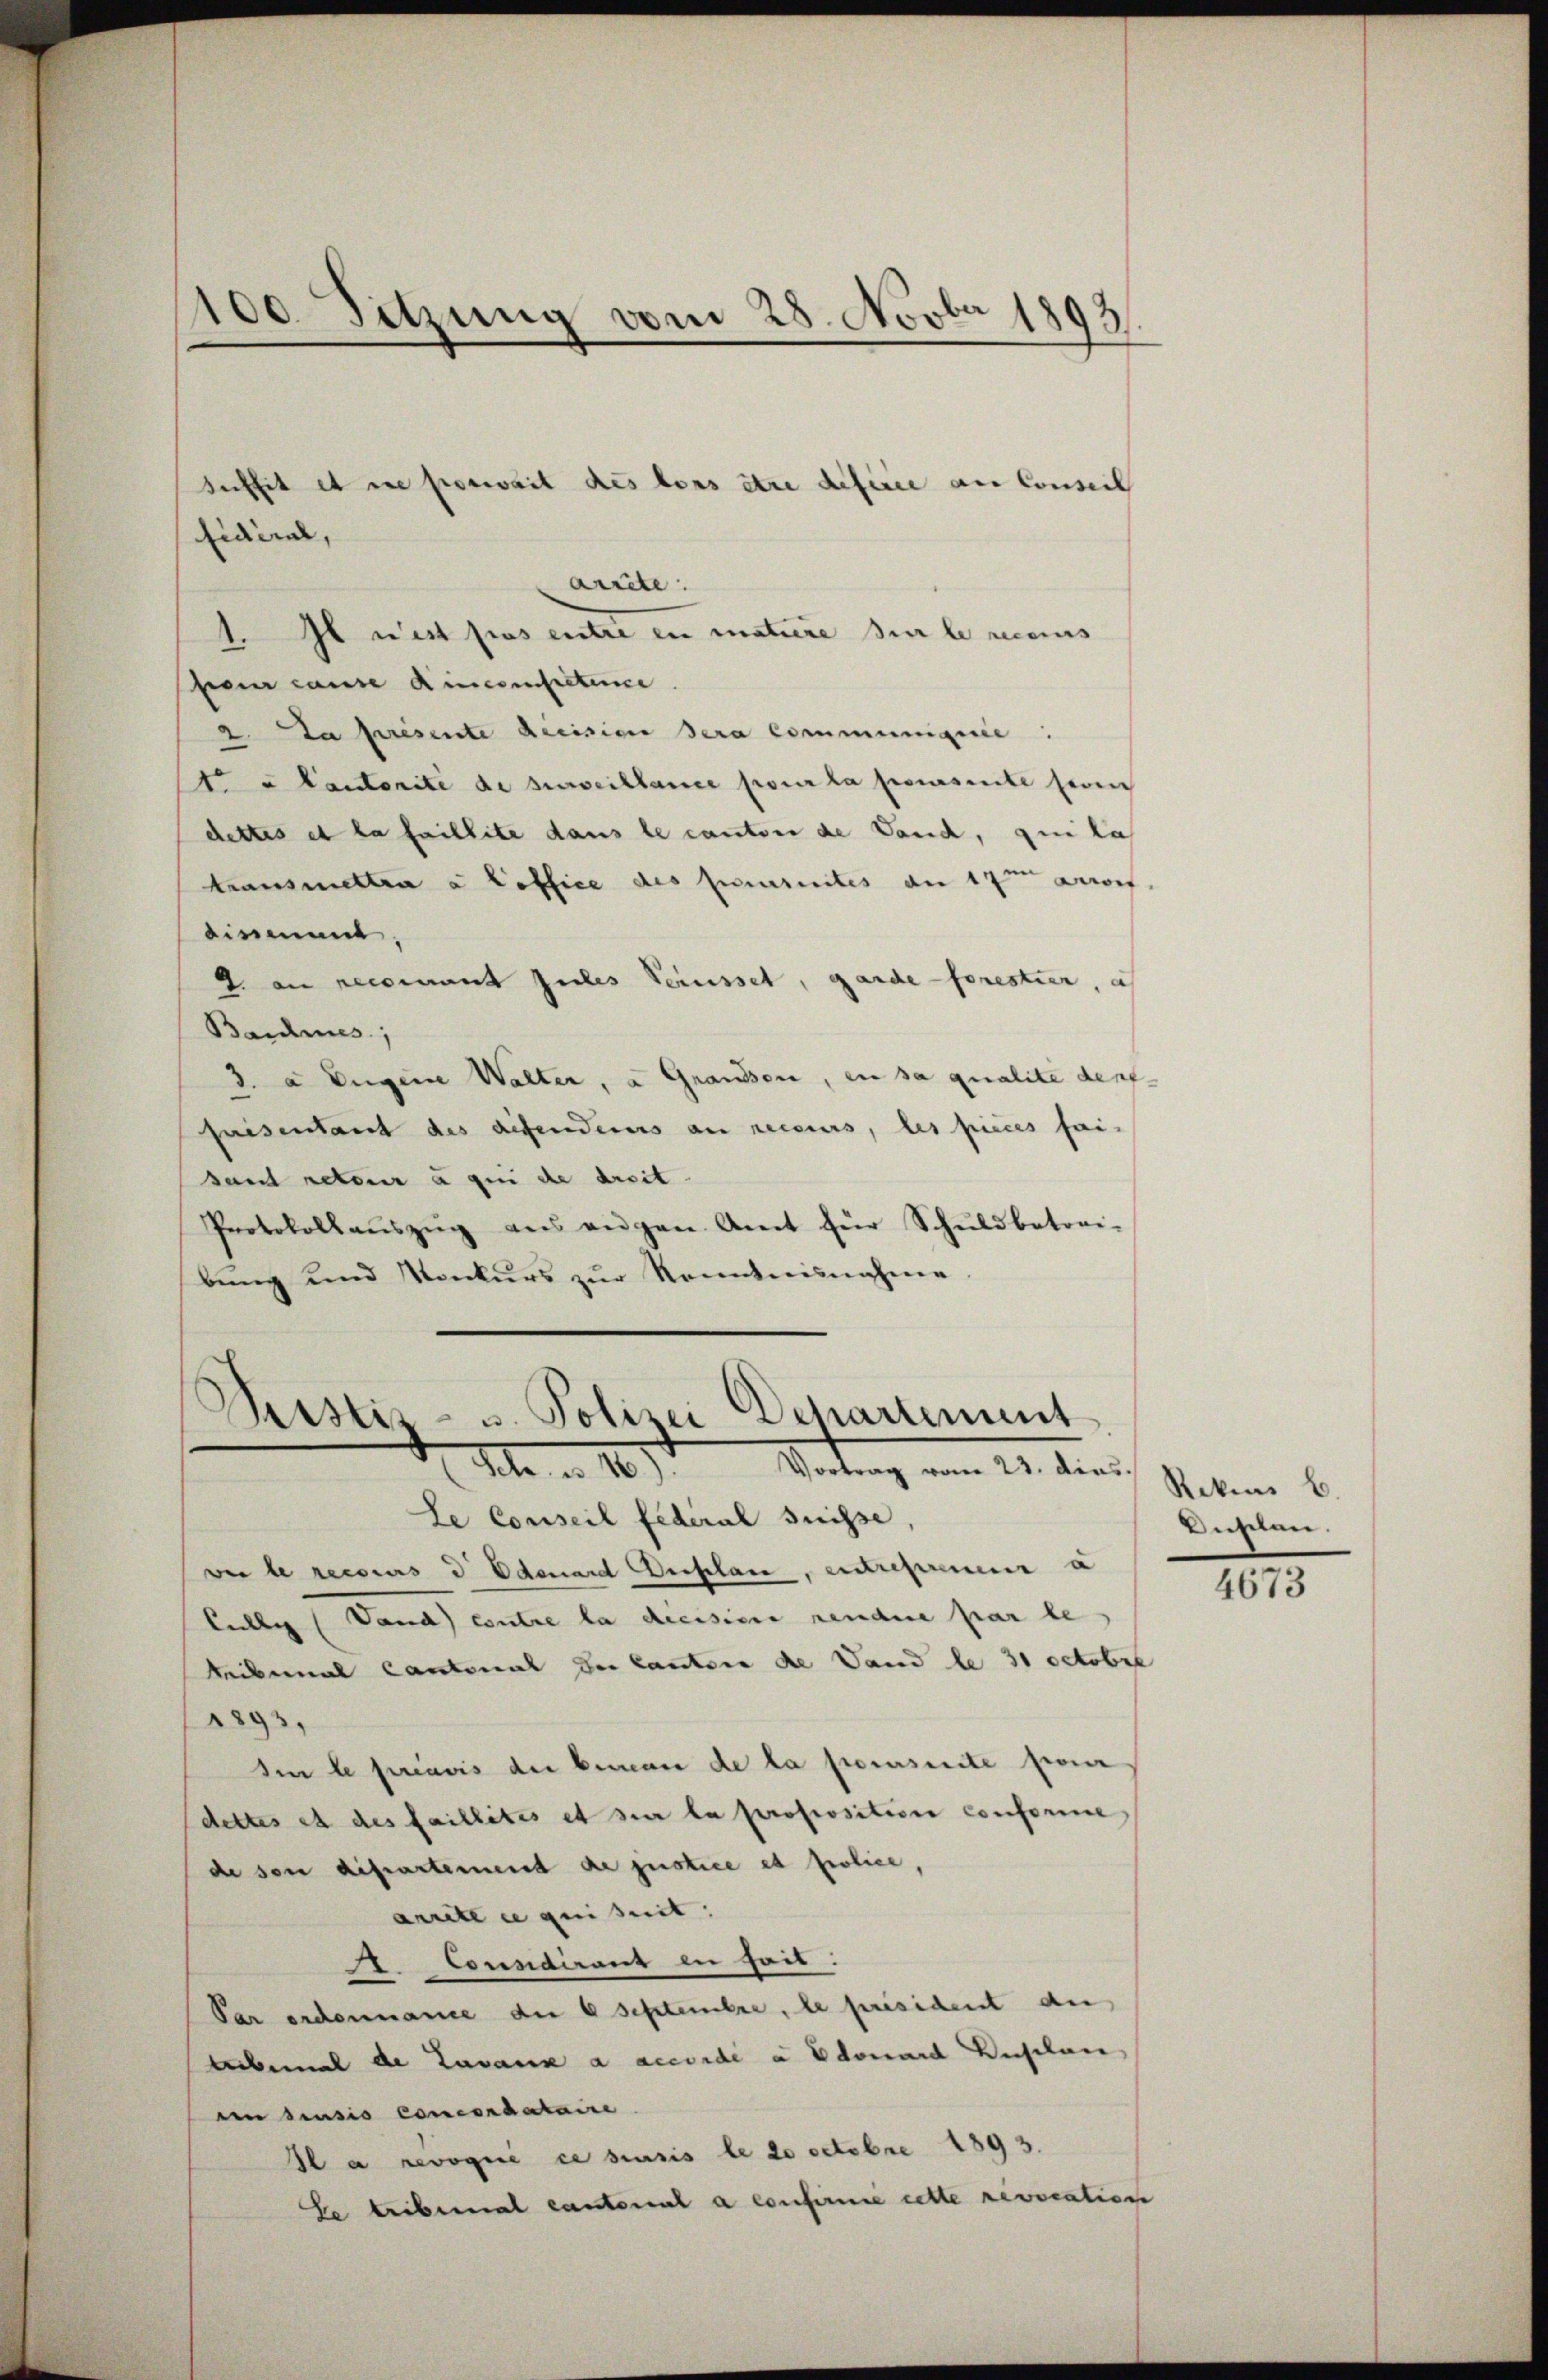
100 Sitzung vom 28. Novbr 1893.

be cause Ainceintretence
2. La presente decision sera communiquie:
o u Cantorité de surveillance pour la poursente sein
dettes et la faillite dans le cantone de Vaud, qui la
transmettra à Loffice des Censuites am 17ten Arres
tirmann.
2. an recomant zules Verusset, garde forestier, a
Baumes,
3.a Eugene Walter, a Granden, ein sa qualite denf
saisentant des difenderers an recours, les pieces fai
sant retour à qui de droit
Protokollaŭszŭg aŭs angen. Amt für Schŭldbetrai-
bŭng und Konkurs zŭr Kenntnisnahme

suffit et ne perweit des tous être deferie an Conseil
fidéral,

arrete
1. Il est pas entre en matiere sur le reces

Pustiz- u. Polizei Departement
M. v. 180.) Vortrag vom 22. Juni, Scheben b

Le Conseil federal Suisse
ve le recours d. Odenard Desplan, eintrepreneur a
lechtig (Vand) contre la diessiere rendere par le
Reiberal Cantonal der Cantone de Vandle 31 Octobre
1893,
Si le préavis die beman de la pecursuite pour
dettes et des faillités et sur la proposition conforme
de son dipartement de justice et folice,
arrette geismit:
. Coundirant in heit.
Par ordonnance der 6 Septembre, le président der
tebemal de Lavaux à accordé a Edouard Kusclan
en densio concordataire
Il a revoque ce seusis le 20 octobre 1893.
be tribemal cantonal a confirme cette revocatione

Suchelen.

4673